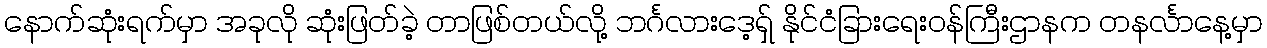
နောက်ဆုံးရက်မှာ အခုလို ဆုံးဖြတ်ခဲ့ တာဖြစ်တယ်လို့ ဘင်္ဂလားဒေ့ရ်ှ နိုင်ငံခြားရေးဝန်ကြီးဌာနက တနင်္လာနေ့မှာ